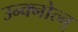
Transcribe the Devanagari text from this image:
उन्क्नोत्न्